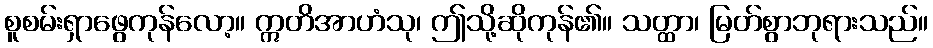
စူစမ်းရှာဖွေကုန်လော့။ ဣတိအာဟံသု၊ ဤသို့ဆိုကုန်၏။ သတ္ထာ၊ မြတ်စွာဘုရားသည်။